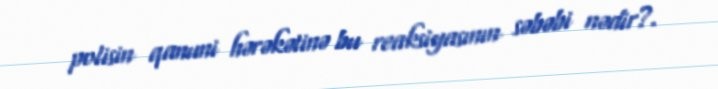
polisin qanuni hərəkətinə bu reaksiyasının səbəbi nədir?.